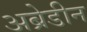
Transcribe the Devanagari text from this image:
अब्रेडीन